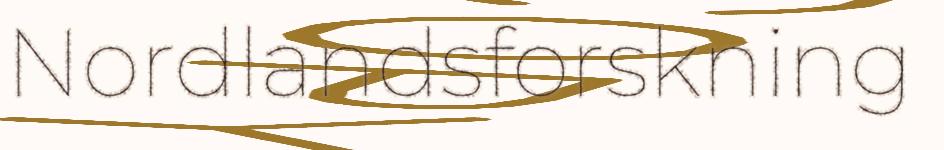
Nordlandsforskning